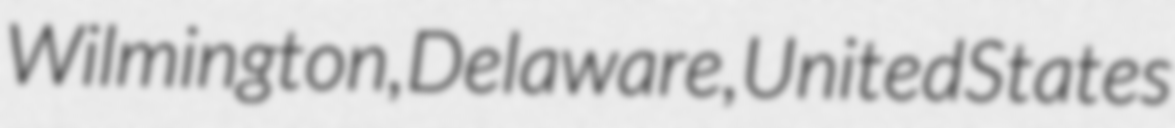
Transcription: Wilmington, Delaware, United States